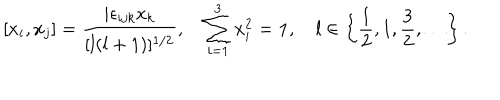
LaTeX: [ x _ { i } , x _ { j } ] = \frac { i \epsilon _ { i j k } x _ { k } } { [ l ( l + 1 ) ] ^ { 1 / 2 } } , \quad \sum _ { i = 1 } ^ { 3 } x _ { i } ^ { 2 } = { \bf 1 } , \quad l \in \left\{ \frac { 1 } { 2 } , 1 , \frac { 3 } { 2 } , \ldots \right\} .